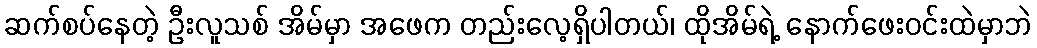
ဆက်စပ်နေတဲ့ ဦးလူသစ် အိမ်မှာ အဖေက တည်းလေ့ရှိပါတယ်၊ ထိုအိမ်ရဲ့ နောက်ဖေးဝင်းထဲမှာဘဲ